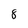
Character: 8